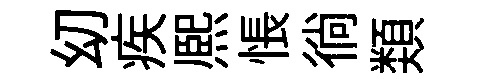
㓜疾熈悵徜𩔖